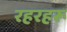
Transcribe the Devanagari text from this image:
रहरहरू